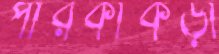
পারকাঁকড়া